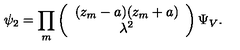
\psi _ { 2 } = \prod _ { m } \left( \begin{array} { c } { ( z _ { m } - a ) ( z _ { m } + a ) } \\ { \lambda ^ { 2 } } \\ \end{array} \right) \Psi _ { V } .